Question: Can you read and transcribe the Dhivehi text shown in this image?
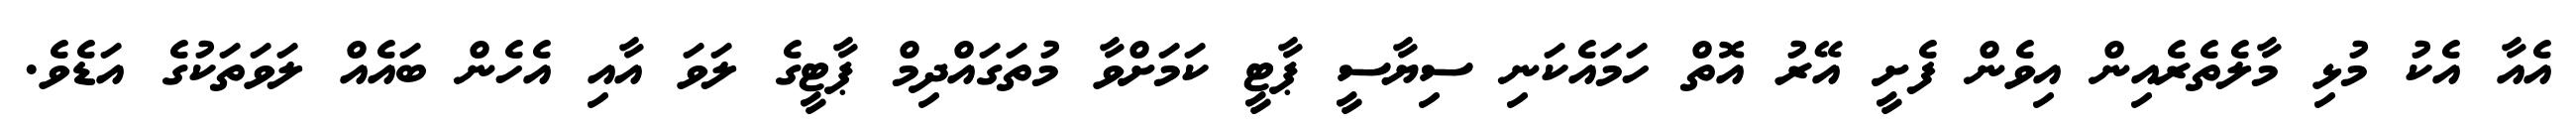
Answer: އެއާ އެކު މުޅި މާލެތެރެއިން އިވެން ފެށީ އޭރު އޮތް ހަމައެކަނި ސިޔާސީ ޕާޓީ ކަމަށްވާ މުތަގައްދިމް ޕާޓީގެ ލަވަ އާއި އެހެން ބައެއް ލަވަތަކުގެ އަޑެވެ.